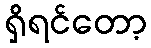
ရှိရင်တော့